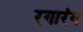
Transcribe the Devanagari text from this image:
रगारंग